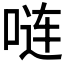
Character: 𪡏